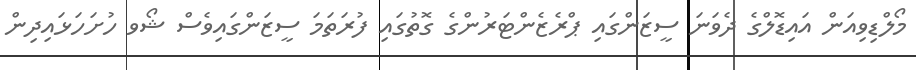
މޯލްޑިވިއަން އައިޑޮލްގެ ދެވަނަ ސީޒަންގައި ޕްރެޒެންޓަރުންގެ ގޮތުގައި ފުރަތަމަ ސީޒަންގައިވެސް ޝޯވ ހުށަހަޅައިދިން